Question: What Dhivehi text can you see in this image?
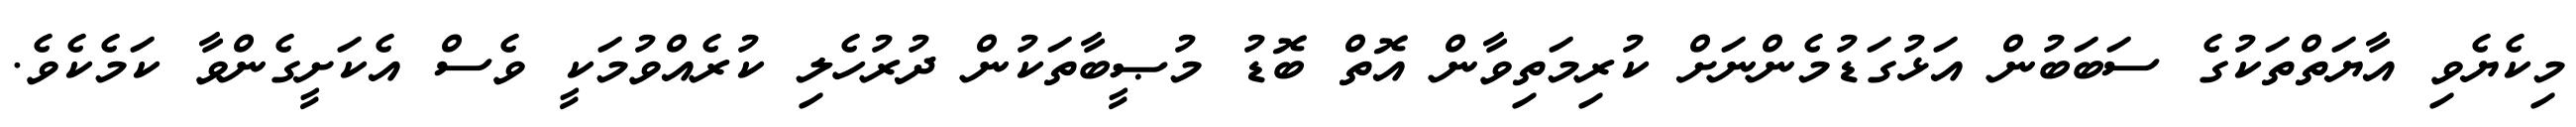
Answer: މިކެޔެވި އާޔަތްތަކުގެ ސަބަބުން އަޅުގަޑުމެންނަށް ކުރިމަތިވާން އޮތް ބޮޑު މުޞީބާތަކުން ދުރުހެލި ކުރެއްވުމަކީ ވެސް އެކަށީގެންވާ ކަމެކެވެ.